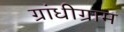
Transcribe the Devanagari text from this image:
ग्रांधीग्राम